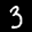
Label: 3